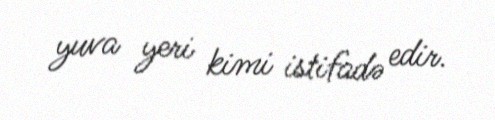
yuva yeri kimi istifadə edir.